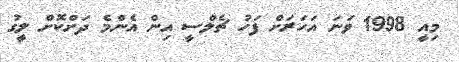
މިއީ 1998 ވަނަ އަހަރަށް ފަހު ޗެލްސީ އިން އެންމެ ދަށްކޮށް ލީގު